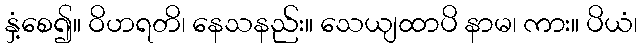
နှံ့စေ၍။ ဝိဟရတိ၊ နေသနည်း။ သေယျထာပိ နာမ၊ ကား။ ပိယံ၊